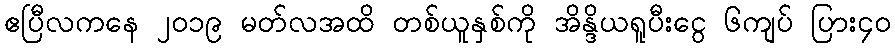
ဧပြီလကနေ ၂၀၁၉ မတ်လအထိ တစ်ယူနှစ်ကို အိန္ဒိယရူပီးငွေ ၆ကျပ် ပြား၄၀